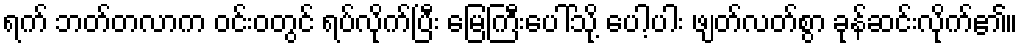
ရက် ဘတ်တလာက ဝင်းဝတွင် ရပ်လိုက်ပြီး မြေကြီးပေါ်သို့ ပေါ့ပါး ဖျတ်လတ်စွာ ခုန်ဆင်းလိုက်၏။